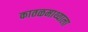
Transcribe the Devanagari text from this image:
कातळमाथ्याला